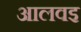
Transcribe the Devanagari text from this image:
आलवइ